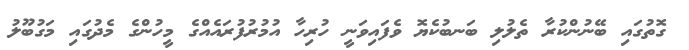
ގޮތުގައި ބޭނުންކުރާ ތެލުލި ބަނބުކެޔޮ ވެފައިވަނީ ހުރިހާ އުމުރުފުރައެއްގެ މީހުންގެ މެދުގައި މަގުބޫލު